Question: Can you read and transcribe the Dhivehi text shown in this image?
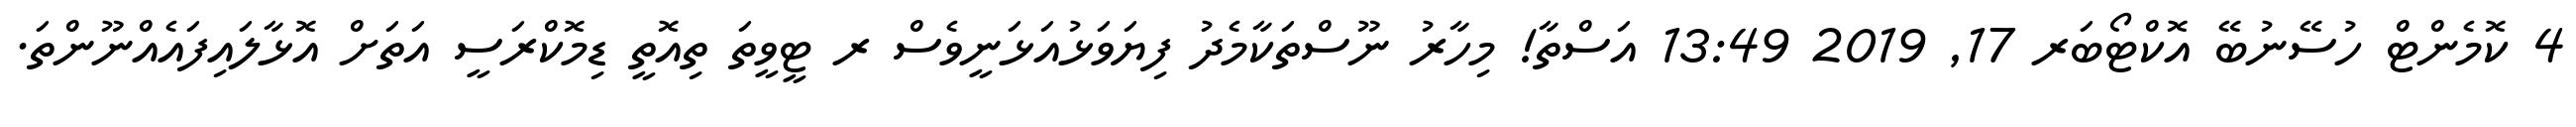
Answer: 4 ކޮމެންޓް ހުސޭނުބޭ އޮކްޓޯބަރ 17, 2019 13:49 އަސްތާ! މިހާރު ނޫސްތަކާމެދު ފިޔަވަޅުއަޅަނީވެސް ރ ޓީވީތަ ތިއޮތީ ޑިމޮކްރަސީ އަތަށް އޮޅާލައިފައެއްނޫންތަ.